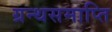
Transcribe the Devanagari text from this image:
ग्रन्थसमाप्ति